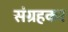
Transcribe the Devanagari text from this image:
संग्रहकर